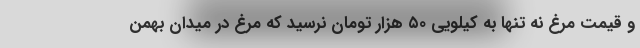
و قیمت مرغ نه تنها به کیلویی ۵۰ هزار تومان نرسید که مرغ در میدان بهمن